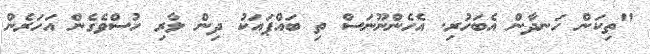
"ތިކަން ހަނދާން އެބަހުރި. އެހެންނޫނަސް ތި ބައްޕައަކު ދިން ލާރި ހުސްވެގެން އަހަރެން